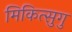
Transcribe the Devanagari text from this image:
मिकित्सुगु